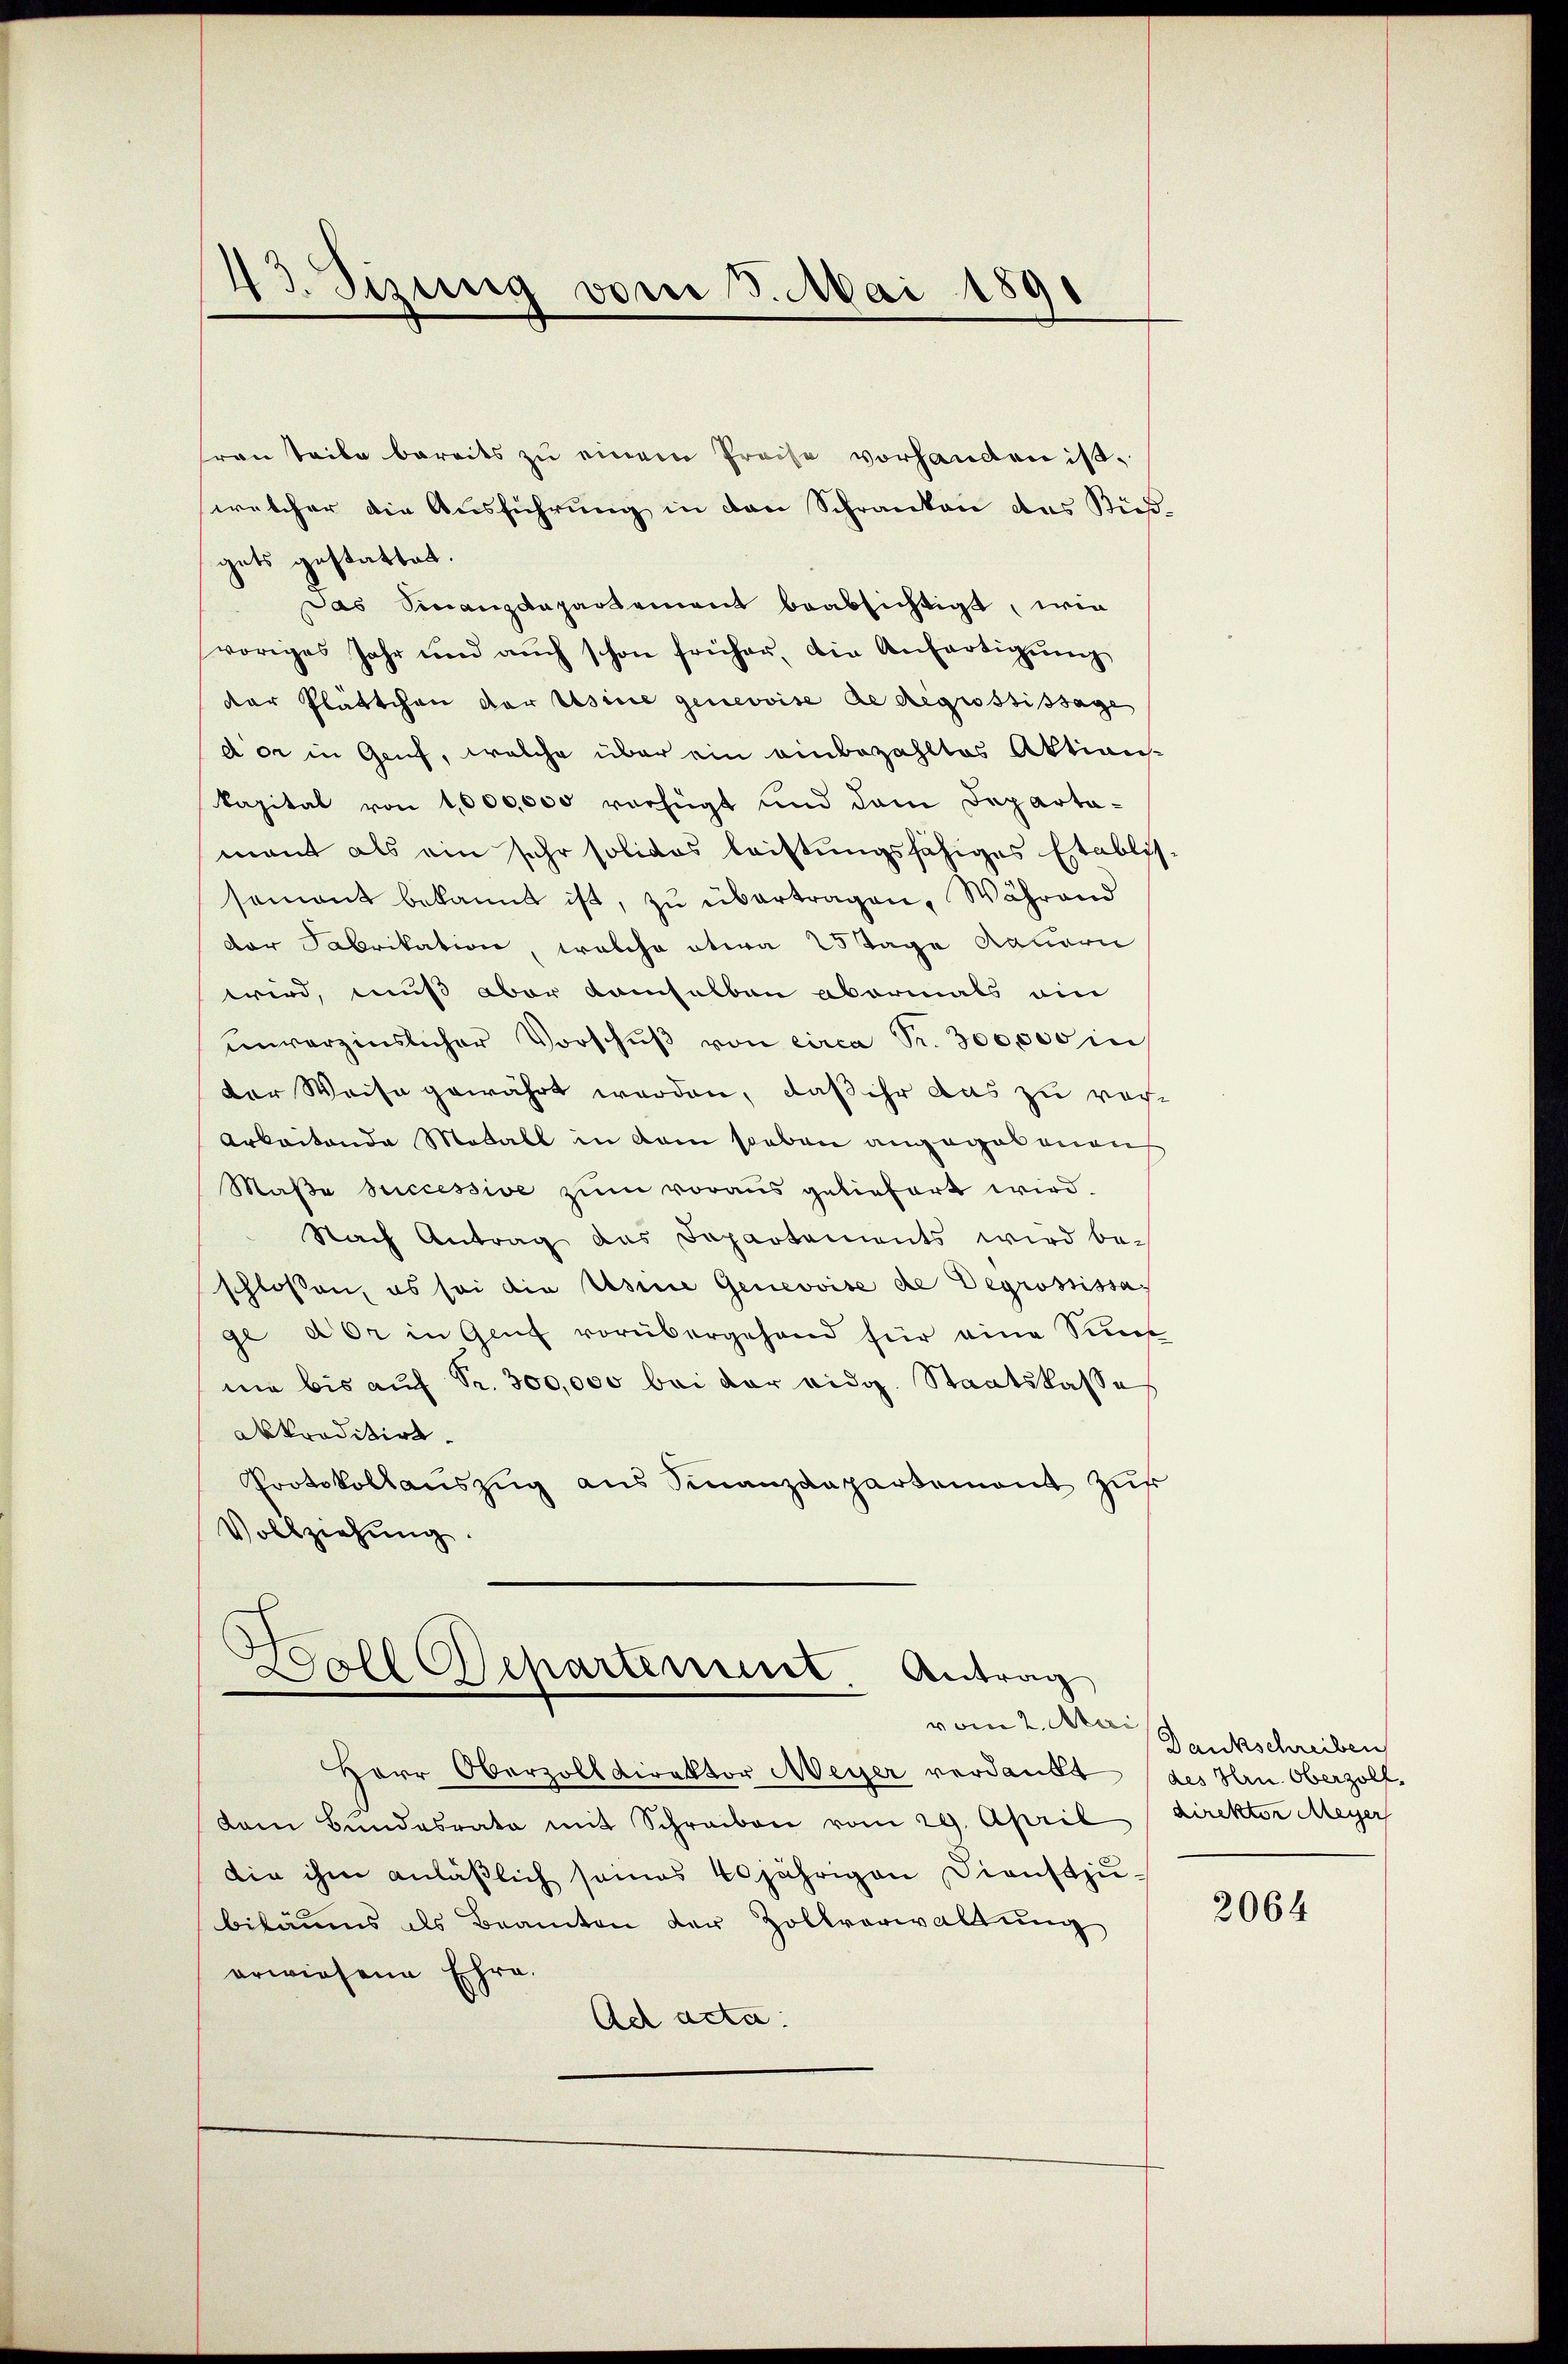
43. Sizung vom 3. Mai 1891

frau teile bereits zu einem Preise vorhanden ist,
welcher die Ausführung in den Schranken das Küßgets gestattet.
Das Sinanzdepartement beabsichtigt, wie
voriges Jahr und aŭch schon früher, die Anfertigŭng
der Plättchen der Usine genevoise de Regrossissage
dor in Genf, welche über ein einbezahltes Aktions-
kapital von 1,000,000 verfügt und dem Departa-
mant als ein sehr solidos leistungsfähiges Etablis-
samant bekannt ist, zŭ übertragen. Während
der Fabrikation, welche etwa 25 Tage Mauern
wird, muß aber demselben abermals ein
ŭnverzinslicher Vorschŭβ von circa Fr. 300,000 in
der Weise gewährt werden, daß ihr das zu rech¬
Arbeitende Modall in dem sieben angegebenen
Maβe successive zum voraus geliefert wird.
Nach Antrag das Separtements wird beschlossen, es sei die Usine Genevoise de Degrossissa
ge der in Genf vorübergehend für eine Sinn
ne bis auf Fr. 300,000 bei der eidg. Staatskasses
abkreditirt.
Protokollaŭszŭg ans Finanzdepartement zŭr
Vollziehung.

Boll Separtement. Antrag
vom 2. Mai

Herr Oberzolldirektor Meyer verdankt
dam Bundesrato mit Schreiben vom 29. April direktor Meyer
die ihm anläßlich seines 40jährigen Dienstzu-
biläums als Beamten der Zollverwaltung
erwiesene Ehre.
Ad acta.

Dankschreiben
des Hrn. Oberzoll.

2064